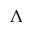
\Lambda